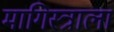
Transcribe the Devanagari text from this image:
मागिस्त्राला